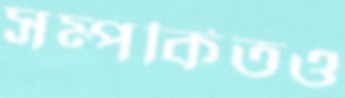
সম্পর্কিতও